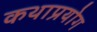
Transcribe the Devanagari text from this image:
कथाप्रयोग